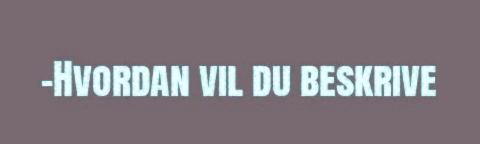
-Hvordan vil du beskrive